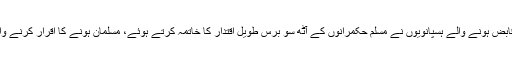
قریباً پانچ سو برس گزرے کہ جزیرے نما آئیبیریا پر دوبارہ قابض ہونے والے ہسپانویوں نے مسلم حکمرانوں کے آٹھ سو برس طویل اقتدار کا خاتمہ کرتے ہوئے، مسلمان ہونے کا اقرار کرنے والے ہر شخص کو یا تو قتل کرڈالا تھا یا پھر نکال باہر کیا تھا۔